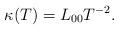
LaTeX: \begin{align*} \kappa(T) = L_{00} T^{-2}. \end{align*}